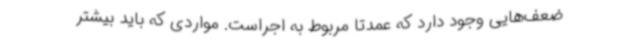
ضعف‌هایی وجود دارد که عمدتا مربوط به اجراست. مواردی که باید بیشتر